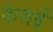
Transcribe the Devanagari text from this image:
केवई